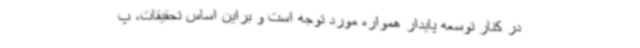
در کنار توسعه پایدار همواره مورد توجه است و براین اساس تحقیقات، پ